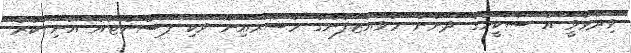
ވިދާޅުވީ އެ ސްކީމުގެ ދަށުން މުވައްޒަފުންގެ މުސާރައިން ވަކި ޕަސެންޓެއް އުނި ކުރާ